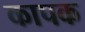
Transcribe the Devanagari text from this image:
कापक